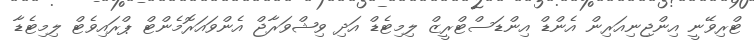
ޓްރިވޭނީ އިންޖިނިއަރިން އެންޑް އިންޑަސްޓްރީޒް ލިމިޓެޑް އަދި ވިޝްވަރާޖް އެންވައަރޮމެންޓް ޕްރައިވެޓް ލިމިޓެޑާ